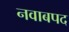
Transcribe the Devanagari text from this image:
नवाबपद